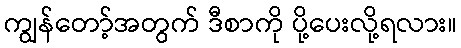
ကျွန်တော့်အတွက် ဒီစာကို ပို့ပေးလို့ရလား။